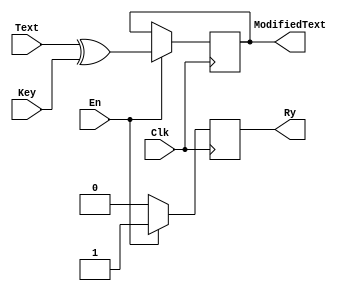
`timescale 1ns / 1ps
//////////////////////////////////////////////////////////////////////////////////
// Company: 
// Engineer: 
// 
// Design Name: 
// Module Name:    AddRoundKey 
// Project Name: 
// Target Devices: 
// Tool versions: 
// Description: 
//
// Dependencies: 
//
// Revision: 
// Revision 0.01 - File Created
// Additional Comments: 
//
//////////////////////////////////////////////////////////////////////////////////
module AddRoundKeyDecryptor(
	input En,
	input Clk,
	input [127:0] Key,
	input [127:0] Text,
	output reg Ry,
//	input Rst,
	output reg [127:0] ModifiedText
    );

always @ (posedge Clk)
    begin
//       if (Rst) //En caso de necesitar Rst
//       begin
//	       ModifiedText = 0;
//	       Ry = 0; 
//	   end
//	   else
//	   begin 
	       if (En)
	       begin
	           ModifiedText = Text ^ Key;
	           Ry = 1; 
	       end
	       else
	           Ry= 0;
//	   end
    end
endmodule